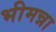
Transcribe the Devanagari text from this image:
भीमन्ना